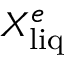
X _ { \mathrm { l i q } } ^ { e }